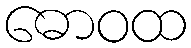
ဓောဝထ